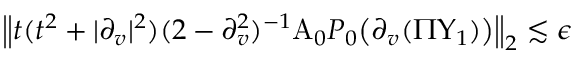
\begin{array} { r } { \left\| t ( t ^ { 2 } + | \partial _ { v } | ^ { 2 } ) ( 2 - \partial _ { v } ^ { 2 } ) ^ { - 1 } \mathrm { A } _ { 0 } P _ { 0 } \big ( \partial _ { v } ( \Pi \Upsilon _ { 1 } ) \big ) \right\| _ { 2 } \lesssim \epsilon } \end{array}